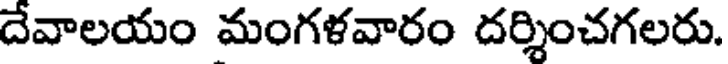
దేవాలయం మంగళవారం దర్శించగలరు.